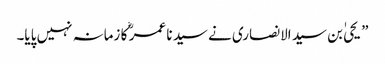
” یحیٰ بن سید الانصاری نے سید نا عمر ؓ کا زمانہ نہیں پایا۔